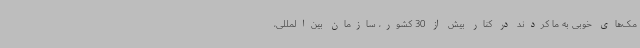
مک‌های خوبی به ما کردند در کنار بیش از 30 کشور، سازمان بین‌المللی،